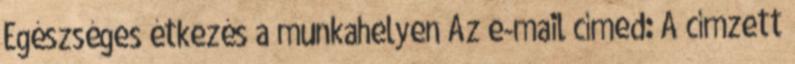
Egészséges étkezés a munkahelyen Az e-mail címed: A címzett